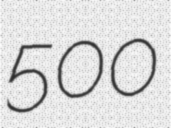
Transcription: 500